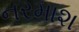
નરમાશ